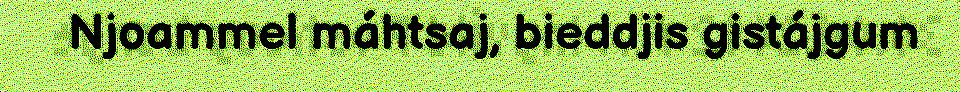
Njoammel máhtsaj, bieddjis gistájgum